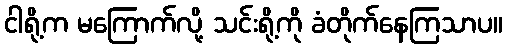
ငါရို့က မကြောက်လို့ သင်းရို့ကို ခံတိုက်နေကြသာပ။